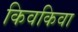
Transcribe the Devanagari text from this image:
किवकिवा